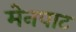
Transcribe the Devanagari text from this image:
मेनपाट